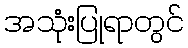
အသုံးပြုရာတွင်